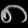
Digit: ၈